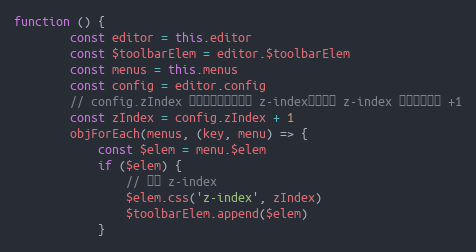
Language: JavaScript
function () {
        const editor = this.editor
        const $toolbarElem = editor.$toolbarElem
        const menus = this.menus
        const config = editor.config
        // config.zIndex 是配置的编辑区域的 z-index，菜单的 z-index 得在其基础上 +1
        const zIndex = config.zIndex + 1
        objForEach(menus, (key, menu) => {
            const $elem = menu.$elem
            if ($elem) {
                // 设置 z-index
                $elem.css('z-index', zIndex)
                $toolbarElem.append($elem)
            }